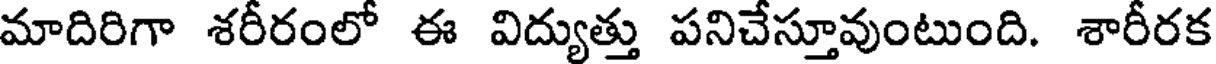
మాదిరిగా శరీరంలో ఈ విద్యుత్తు పనిచేస్తూవుంటుంది. శారీరక